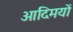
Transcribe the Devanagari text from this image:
आदिमयों